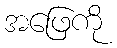
အဖြေကို